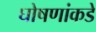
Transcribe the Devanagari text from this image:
घोषणांकडे